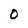
Character: O